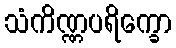
သံကိဏ္ဏပရိက္ခော